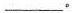
___。